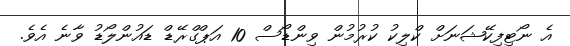
އެ ނޯޓިފިކޭޝަނަށް ކްލިކު ކުރުމުން ވިންޑޯސް 10 އަޕްގްރޭޑް ޑައުންލޯޑު ވާނެ އެވެ.